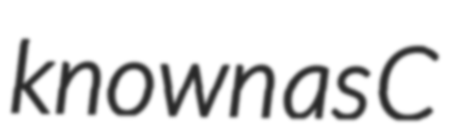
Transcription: known as C